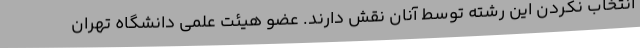
انتخاب نکردن این رشته توسط آنان نقش دارند. عضو هیئت علمی دانشگاه تهران